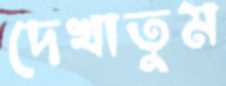
দেখাতুম